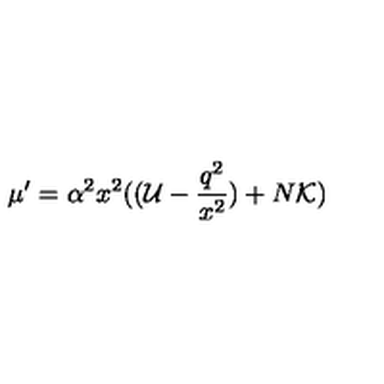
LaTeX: \mu ^ { \prime } = \alpha ^ { 2 } x ^ { 2 } ( ( { \cal U } - \frac { q ^ { 2 } } { x ^ { 2 } } ) + N { \cal K } )